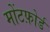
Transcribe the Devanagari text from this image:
मोंटफ़ोर्ड